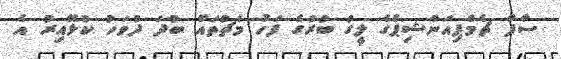
ސާފް ޗެމްޕިއަންޝިޕްގެ ލީގު ބުރުގެ ފަހު މެޗުތައް ބުދަ ދުވަހު ކުޅޭއިރު އެ